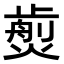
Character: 𤎵